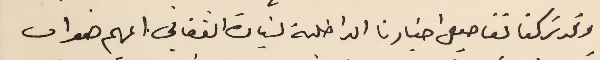
وقد تركنا تفاصيل اخبارنا الداخلية لسَيادة الفغالي المهم هو ان